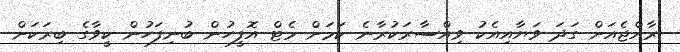
ރާއްޖެއަށް ގަދަ ވަޔާއިއެކު ވިއްސާރަކުރާނެ ކަމަށް މެޓް އޮފީހުން ބުނިފަހުން ކީވާގެ ބިރަކަށް